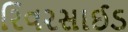
રિવરસાઈડ